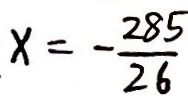
x = - \frac { 2 8 5 } { 2 6 }